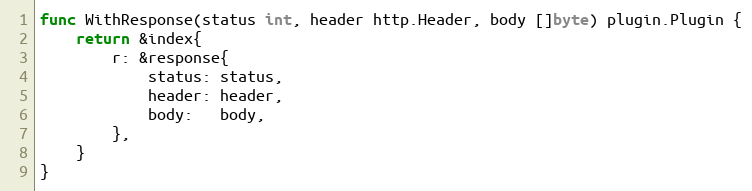
Language: Go
func WithResponse(status int, header http.Header, body []byte) plugin.Plugin {
	return &index{
		r: &response{
			status: status,
			header: header,
			body:   body,
		},
	}
}